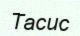
Тасис